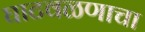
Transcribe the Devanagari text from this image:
घाटवळणाचा